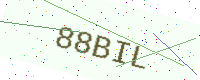
Text: 88BIL